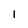
Character: 1